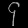
Digit: ၄